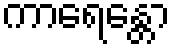
ကာရေန္တော